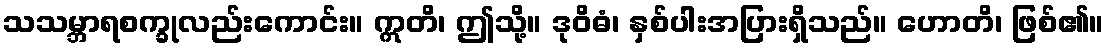
သသမ္ဘာရစက္ခုလည်းကောင်း။ ဣတိ၊ ဤသို့။ ဒုဝိဓံ၊ နှစ်ပါးအပြားရှိသည်။ ဟောတိ၊ ဖြစ်၏။